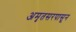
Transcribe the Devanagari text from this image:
अमृतसरपासून